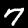
Label: 7